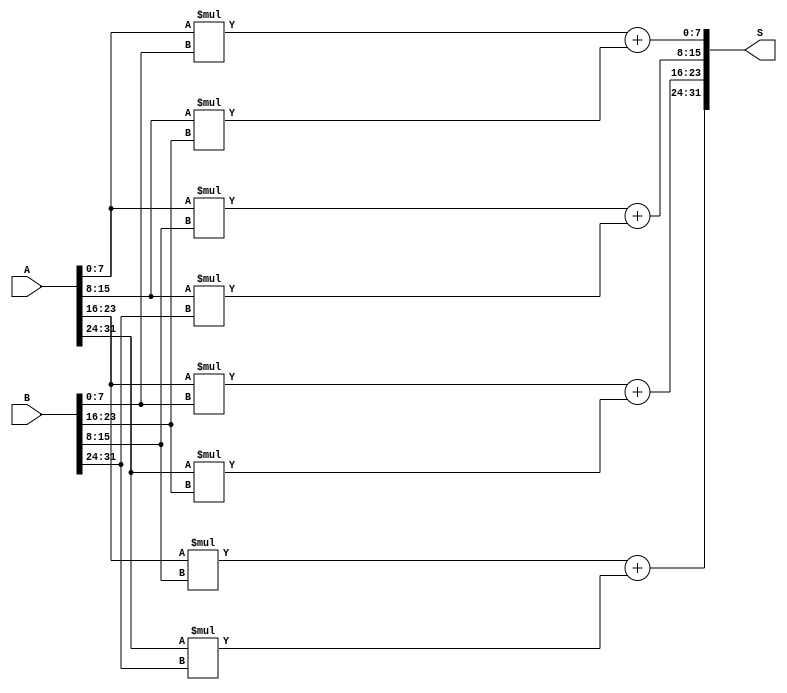
`timescale 1ns / 1ps
//////////////////////////////////////////////////////////////////////////////////
// Company: 
// Engineer: 
// 
// Design Name: 
// Module Name: Mat2x2
// Project Name: 
// Target Devices: 
// Tool Versions: 
// Description: 
// 
// Dependencies: 
// 
// Revision:
// Revision 0.01 - File Created
// Additional Comments:
// 
//////////////////////////////////////////////////////////////////////////////////


module Mat2x2(A,B,S);

input [31:0]A;
input [31:0]B;
output wire [31:0]S;

assign S[7:0]= A[7:0]* B[7:0] +  A[15:8]* B[23:16];
assign S[15:8]=A[7:0]* B[15:8] +  A[15:8]* B[31:24];
assign S[23:16]= A[23:16]* B[7:0] +  A[31:24]* B[23:16];
assign S[31:24]= A[23:16]* B[15:8] +  A[31:24]* B[31:24];

endmodule